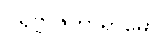
ပရိဗ္ဗာဇကာရာမော